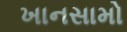
ખાનસામો